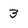
Character: 3